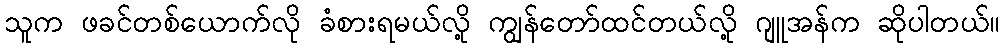
သူက ဖခင်တစ်ယောက်လို ခံစားရမယ်လို့ ကျွန်တော်ထင်တယ်လို့ ဂျူအန်က ဆိုပါတယ်။